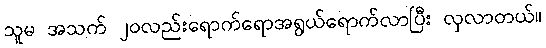
သူမ အသက် ၂၀လည်းရောက်ရောအရွယ်ရောက်လာပြီး လှလာတယ်။